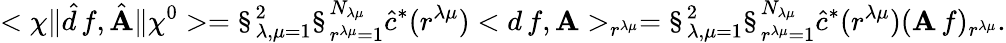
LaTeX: <\chi\| \hat{d}\, f,\hat{\mathbf A}\| \chi^{0}>=\S_{\lambda,\mu=1}^{2}\S_{r^{\lambda\mu}=1}^{N_{\lambda\mu}}\hat{c}^{*}(r^{\lambda\mu})<d\, f,{\mathbf A}>_{r^{\lambda\mu}}=\S_{\lambda,\mu=1}^{2}\S_{r^{\lambda\mu}=1}^{N_{\lambda\mu}}\hat{c}^{*}(r^{\lambda\mu})({\mathbf A}\, f)_{r^{\lambda\mu}}.